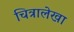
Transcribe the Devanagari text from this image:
चित्रालेखा